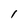
Character: 1